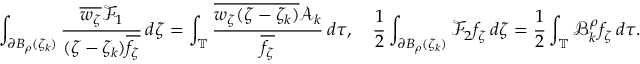
\int _ { \partial B _ { \rho } ( \zeta _ { k } ) } \frac { \overline { { w _ { \zeta } } } \mathcal { F } _ { 1 } } { ( \zeta - \zeta _ { k } ) \overline { { f _ { \zeta } } } } \, d \zeta = \int _ { \mathbb { T } } \frac { \overline { { w _ { \zeta } ( \zeta - \zeta _ { k } ) } } \mathscr { A } _ { k } } { \overline { { f _ { \zeta } } } } \, d \tau , \quad \frac 1 2 \int _ { \partial B _ { \rho } ( \zeta _ { k } ) } \mathcal { F } _ { 2 } f _ { \zeta } \, d \zeta = \frac 1 2 \int _ { \mathbb { T } } \mathcal { B } _ { k } ^ { \rho } f _ { \zeta } \, d \tau .